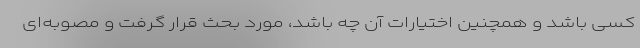
کسی باشد و همچنین اختیارات آن چه باشد، مورد بحث قرار گرفت و مصوبه‌ای